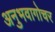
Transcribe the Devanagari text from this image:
अनुभवागोचर